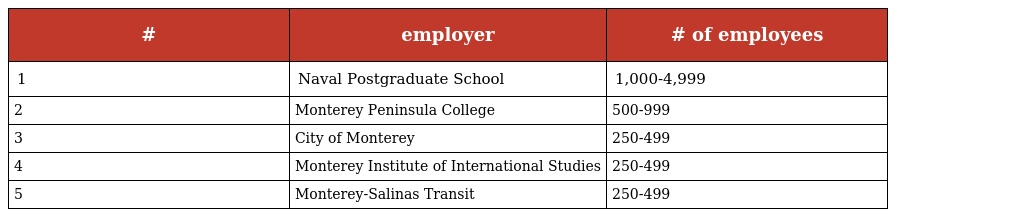
| # | employer | # of employees |
 | --- | --- | --- |
 | 1 | Naval Postgraduate School | 1,000-4,999 |
 | 2 | Monterey Peninsula College | 500-999 |
 | 3 | City of Monterey | 250-499 |
 | 4 | Monterey Institute of International Studies | 250-499 |
 | 5 | Monterey-Salinas Transit | 250-499 |